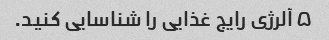
۵ آلرژی رایج غذایی را شناسایی کنید.